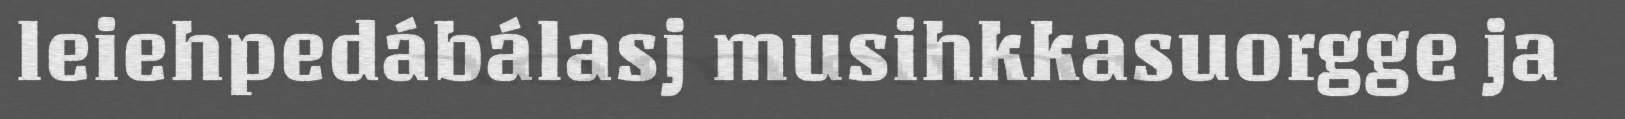
leiehpedábálasj musihkkasuorgge ja